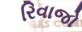
રિવાજો